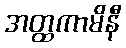
အတ္ထကာမိနီ